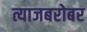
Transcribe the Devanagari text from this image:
त्याजबरोबर